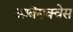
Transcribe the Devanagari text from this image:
आर्बेसक्वेस